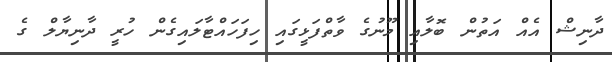
ދާނިޝް އެއް އަތުން ބޮލާއި މޫނުގެ ވާތްފަޅީގައި ހިފަހައްޓާލައިގެން ހުރީ ދާނިޔާލް ގެ